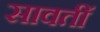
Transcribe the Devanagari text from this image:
सावतीं